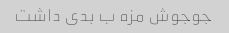
جوجوش مزه ب بدی داشت